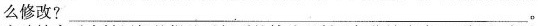
么修改? ___。